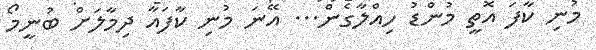
މުނި ކާފަ އޮތީ މުންޑު ހިއްލާގެން... އޭނަ މުނި ކާފައާ ދިމާލަށް ބުނީމޯ